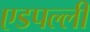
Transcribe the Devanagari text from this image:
एडपल्ली